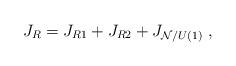
LaTeX: \begin{align*}J_R = J_{R1} + J_{R2} + J_{{\cal N}/U(1)}~,\end{align*}